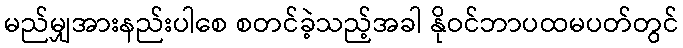
မည်မျှအားနည်းပါစေ စတင်ခဲ့သည့်အခါ နိုဝင်ဘာပထမပတ်တွင်